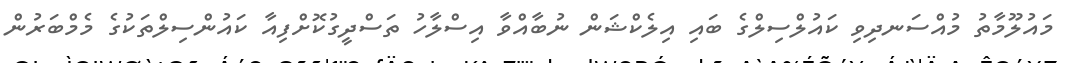
މައުލޫމާތު މުއްސަނދިވި ކައުލްސިލްގެ ބައި އިލެކްޝަން ނުބާއްވާ އިސްލާހު ތަސްދީގުކޮށްފިއާ ކައުންސިލްތަކުގެ މެމްބަރުން